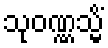
သုဝဏ္ဏသ္မိံ